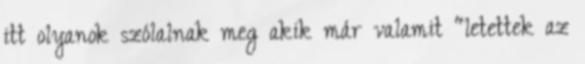
itt olyanok szólalnak meg akik már valamit “letettek az